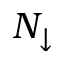
N _ { \downarrow }